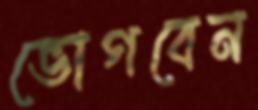
ভোগবেন